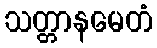
သတ္တာနမေတံ